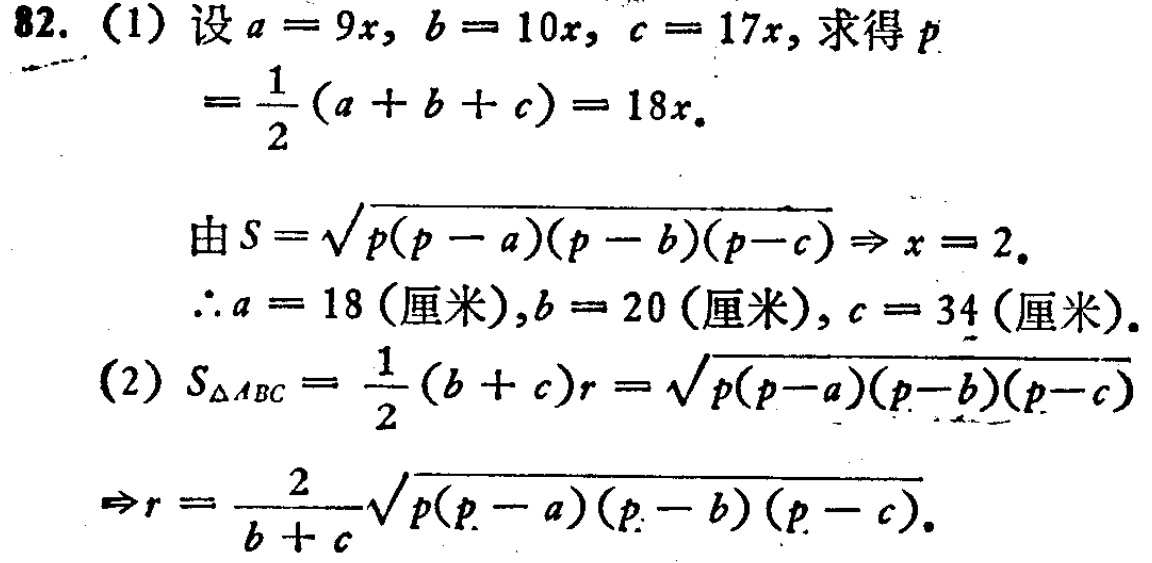
82. (1) 设 \(a = 9x\), \(b = 10x\), \(c = 17x\), 求得 \(p\)

\[

=\frac{1}{2}(a + b + c)=18x.

\]

由 \(S=\sqrt{p(p - a)(p - b)(p - c)}\Rightarrow x = 2.\)

\(\therefore a = 18\) (厘米),\(b = 20\) (厘米), \(c = 34\) (厘米).

(2) \(S_{\triangle ABC}=\frac{1}{2}(b + c)r=\sqrt{p(p - a)(p - b)(p - c)}\)

\(\Rightarrow r=\frac{2}{b + c}\sqrt{p(p - a)(p - b)(p - c)}.\)